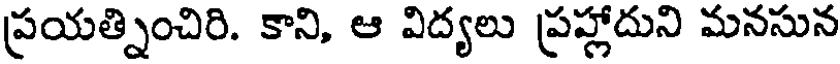
ప్రయత్నించిరి. కాని, ఆ విద్యలు ప్రహ్లాదుని మనసున